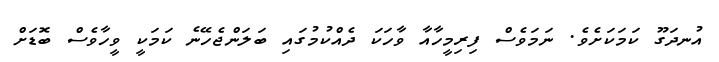
އުނދަގޫ ކަމަކަށެވެ. ނަމަވެސް ފިރިމީހާއާ ވާހަކަ ދެއްކުމުގައި ބަަލަންޖެހޭނެ ކަމަކީ ވީހާވެސް ބޮޑަށް